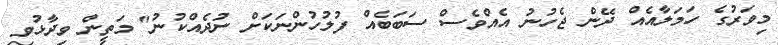
މިވަރުގެ ހަމަލާއެއް ދޭން ޖެހުނު އެއްވެސް ސަބަބެއް ފުލުހުންނަކަށް ނުދެއްކުނު" މަތީން ވިދާޅުވި